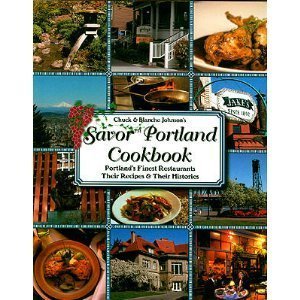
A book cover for Savor Portland Oregon Cookbook: Portland's Finest Restaurants Their Recipes & Their Histories (Savor Cookbooks); Chuck Johnson; Cookbooks, Food & Wine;